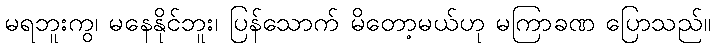
မရဘူးကွ၊ မနေနိုင်ဘူး၊ ပြန်သောက် မိတော့မယ်ဟု မကြာခဏ ပြောသည်။